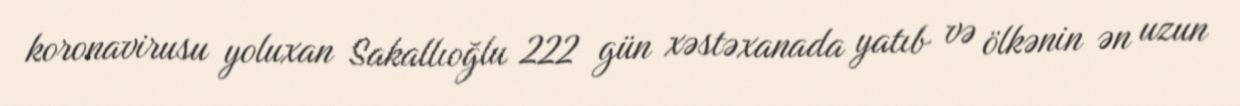
koronavirusu yoluxan Sakallıoğlu 222 gün xəstəxanada yatıb və ölkənin ən uzun